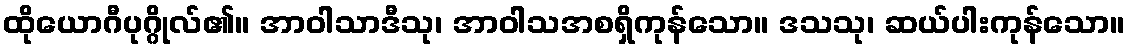
ထိုယောဂီပုဂ္ဂိုလ်၏။ အာဝါသာဒီသု၊ အာဝါသအစရှိကုန်သော။ ဒသသု၊ ဆယ်ပါးကုန်သော။